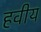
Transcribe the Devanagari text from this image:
हवीय